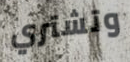
وتشتري